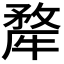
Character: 𭷳